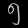
Digit: ၅